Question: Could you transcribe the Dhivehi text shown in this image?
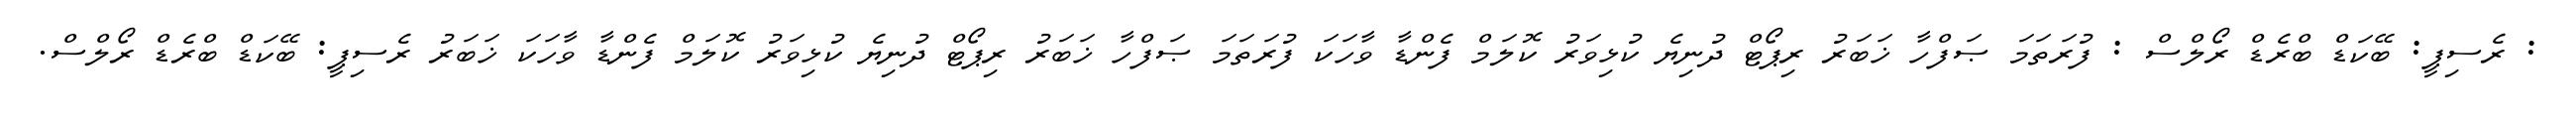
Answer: : ރެސިޕީ: ބޭކަޑް ބްރެޑް ރޯލްސް : ފުރަތަމަ ޞަފްހާ ޚަބަރު ރިޕޯޓް ދުނިޔެ ކުޅިވަރު ކޮލަމް ފެންޑާ ވާހަކަ ފުރަތަމަ ޞަފްހާ ޚަބަރު ރިޕޯޓް ދުނިޔެ ކުޅިވަރު ކޮލަމް ފެންޑާ ވާހަކަ ޚަބަރު ރެސިޕީ: ބޭކަޑް ބްރެޑް ރޯލްސް.